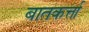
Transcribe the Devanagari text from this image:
बातकर्त्ता